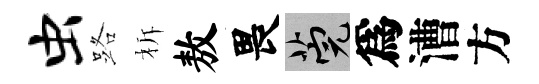
虫路柝敖畏筦爲漕方